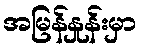
အမြန်နှုန်းမှာ